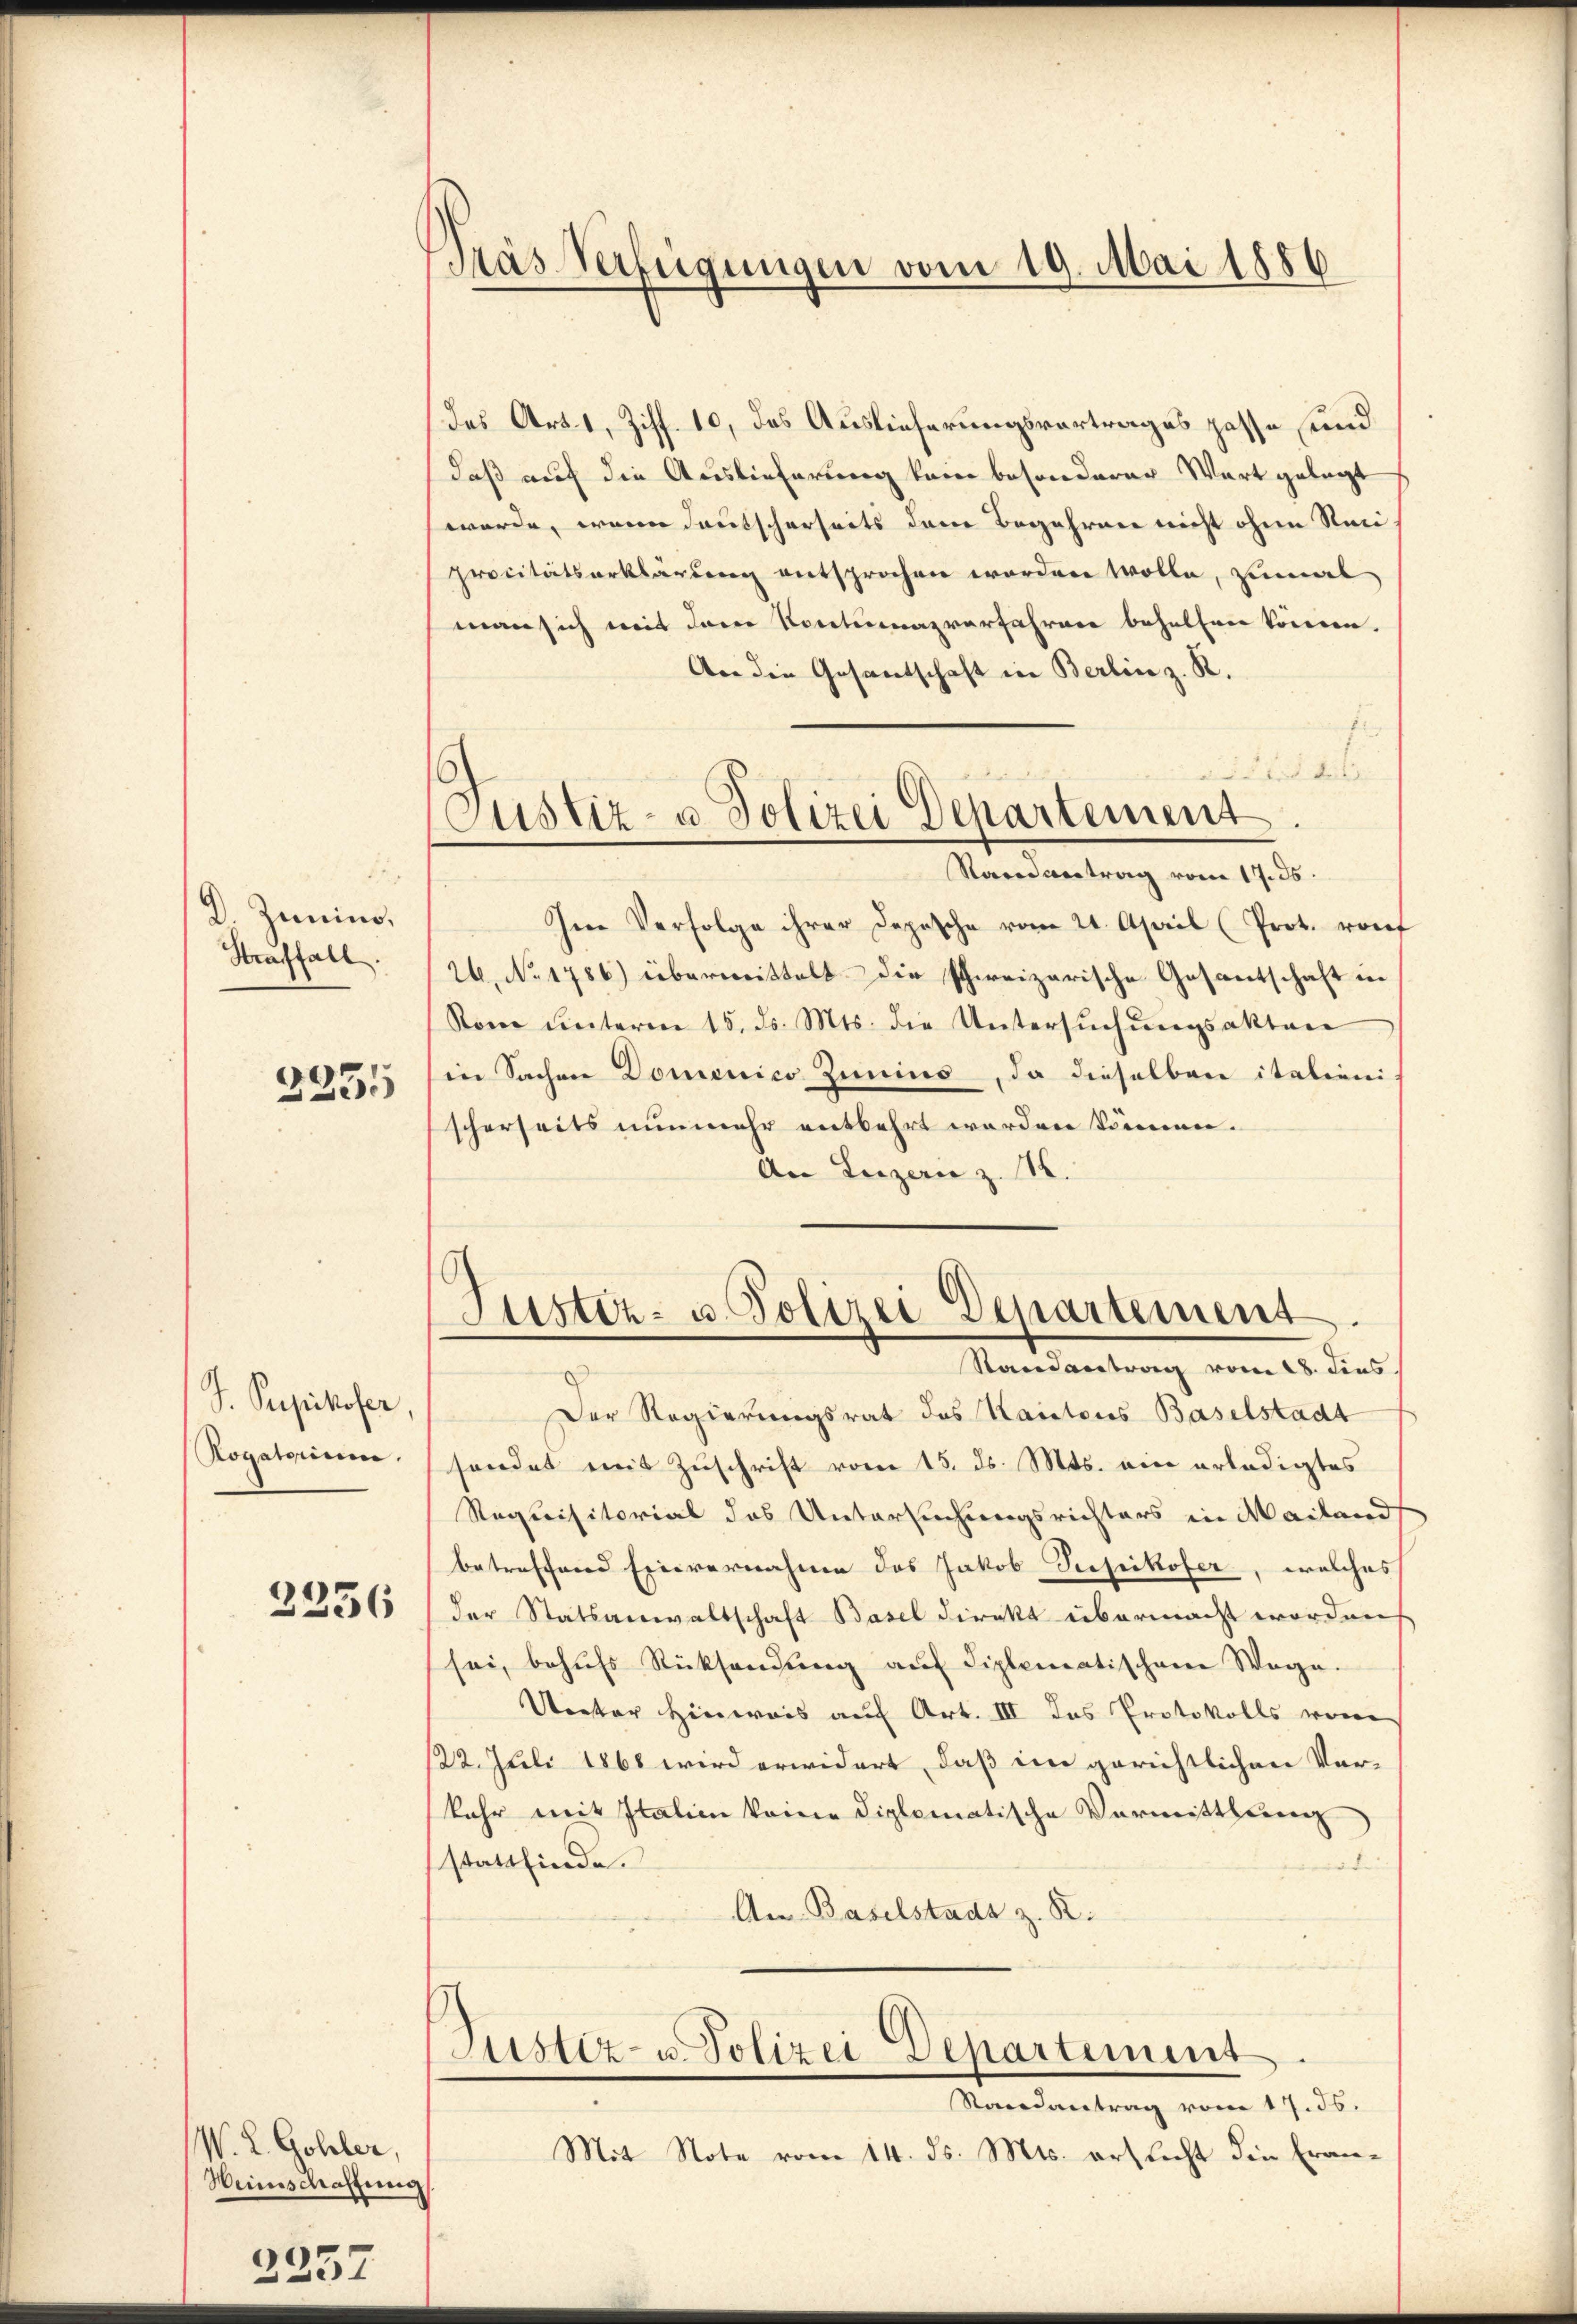
D Zumin.
Straffall.

3351

S. Pupikofer
Rogatorum.

2356

V. L. Gohler,
Weinschaffung

2252

Prás Verfügungen vom 19. Mai 1886

Custiz- u Polizei Departement.
Randvertrag vom 17. ds.

das Art. 1, Ziff. 10, das Auslieferungsvortrages passe und
daß auf die Auslieferung kein besonderer Wart gelegt
wurde, wenn deutscherseits dem Begehren nicht ohne Nani
procitätserklärung entsprochen worden wolle, zumal
man sich mit dem Kontumazvorfahren behalten können.
An die Gesantschaft in Berlin z. R.
u
Aid de
Im Verfolge ihrer Depesche vom 21. April (Prot. rauf
26. No. 1786.) übermittelt die schweizerische Gesantschaft in
Rom ŭnterm 15. ds. Mts. die Untersŭchŭngsakten
in Sachen Domenico Zinius, da dieselben italieni
scherseits nunmehr entbehrt worden können.
An Luzerne z. B.

Justiz- u. Polizei Departement
Randantrag vom 28. Fens

Der Regierungsrat des Kantons Baselstadt
sendet mit Zuschrift vom 15. ds. Mts. ein erledigtes
Requisitorial das Untersuchungsrichters in Mailand
betreffend Einvernahme des Jakob Scepikofer, welches
der Statsanwaltschaft Basel direkt übermacht worden
sei, behufs Rücksendung auf diplomatischene Wege.
Ueeter Hinweis auf Art. III das Protokolls von
122. Juli 1868 wird erwidert, daß im gerichtlichen Verkehr mit Italien keine diplomatische Vormittlung
stattfinde.
An Baselstadt z. R.
Justiz- u. Polizei Departement
Randantrag vom 17. 36.
Mit Note vom 14. ds. Mts. ersticht die Fran¬